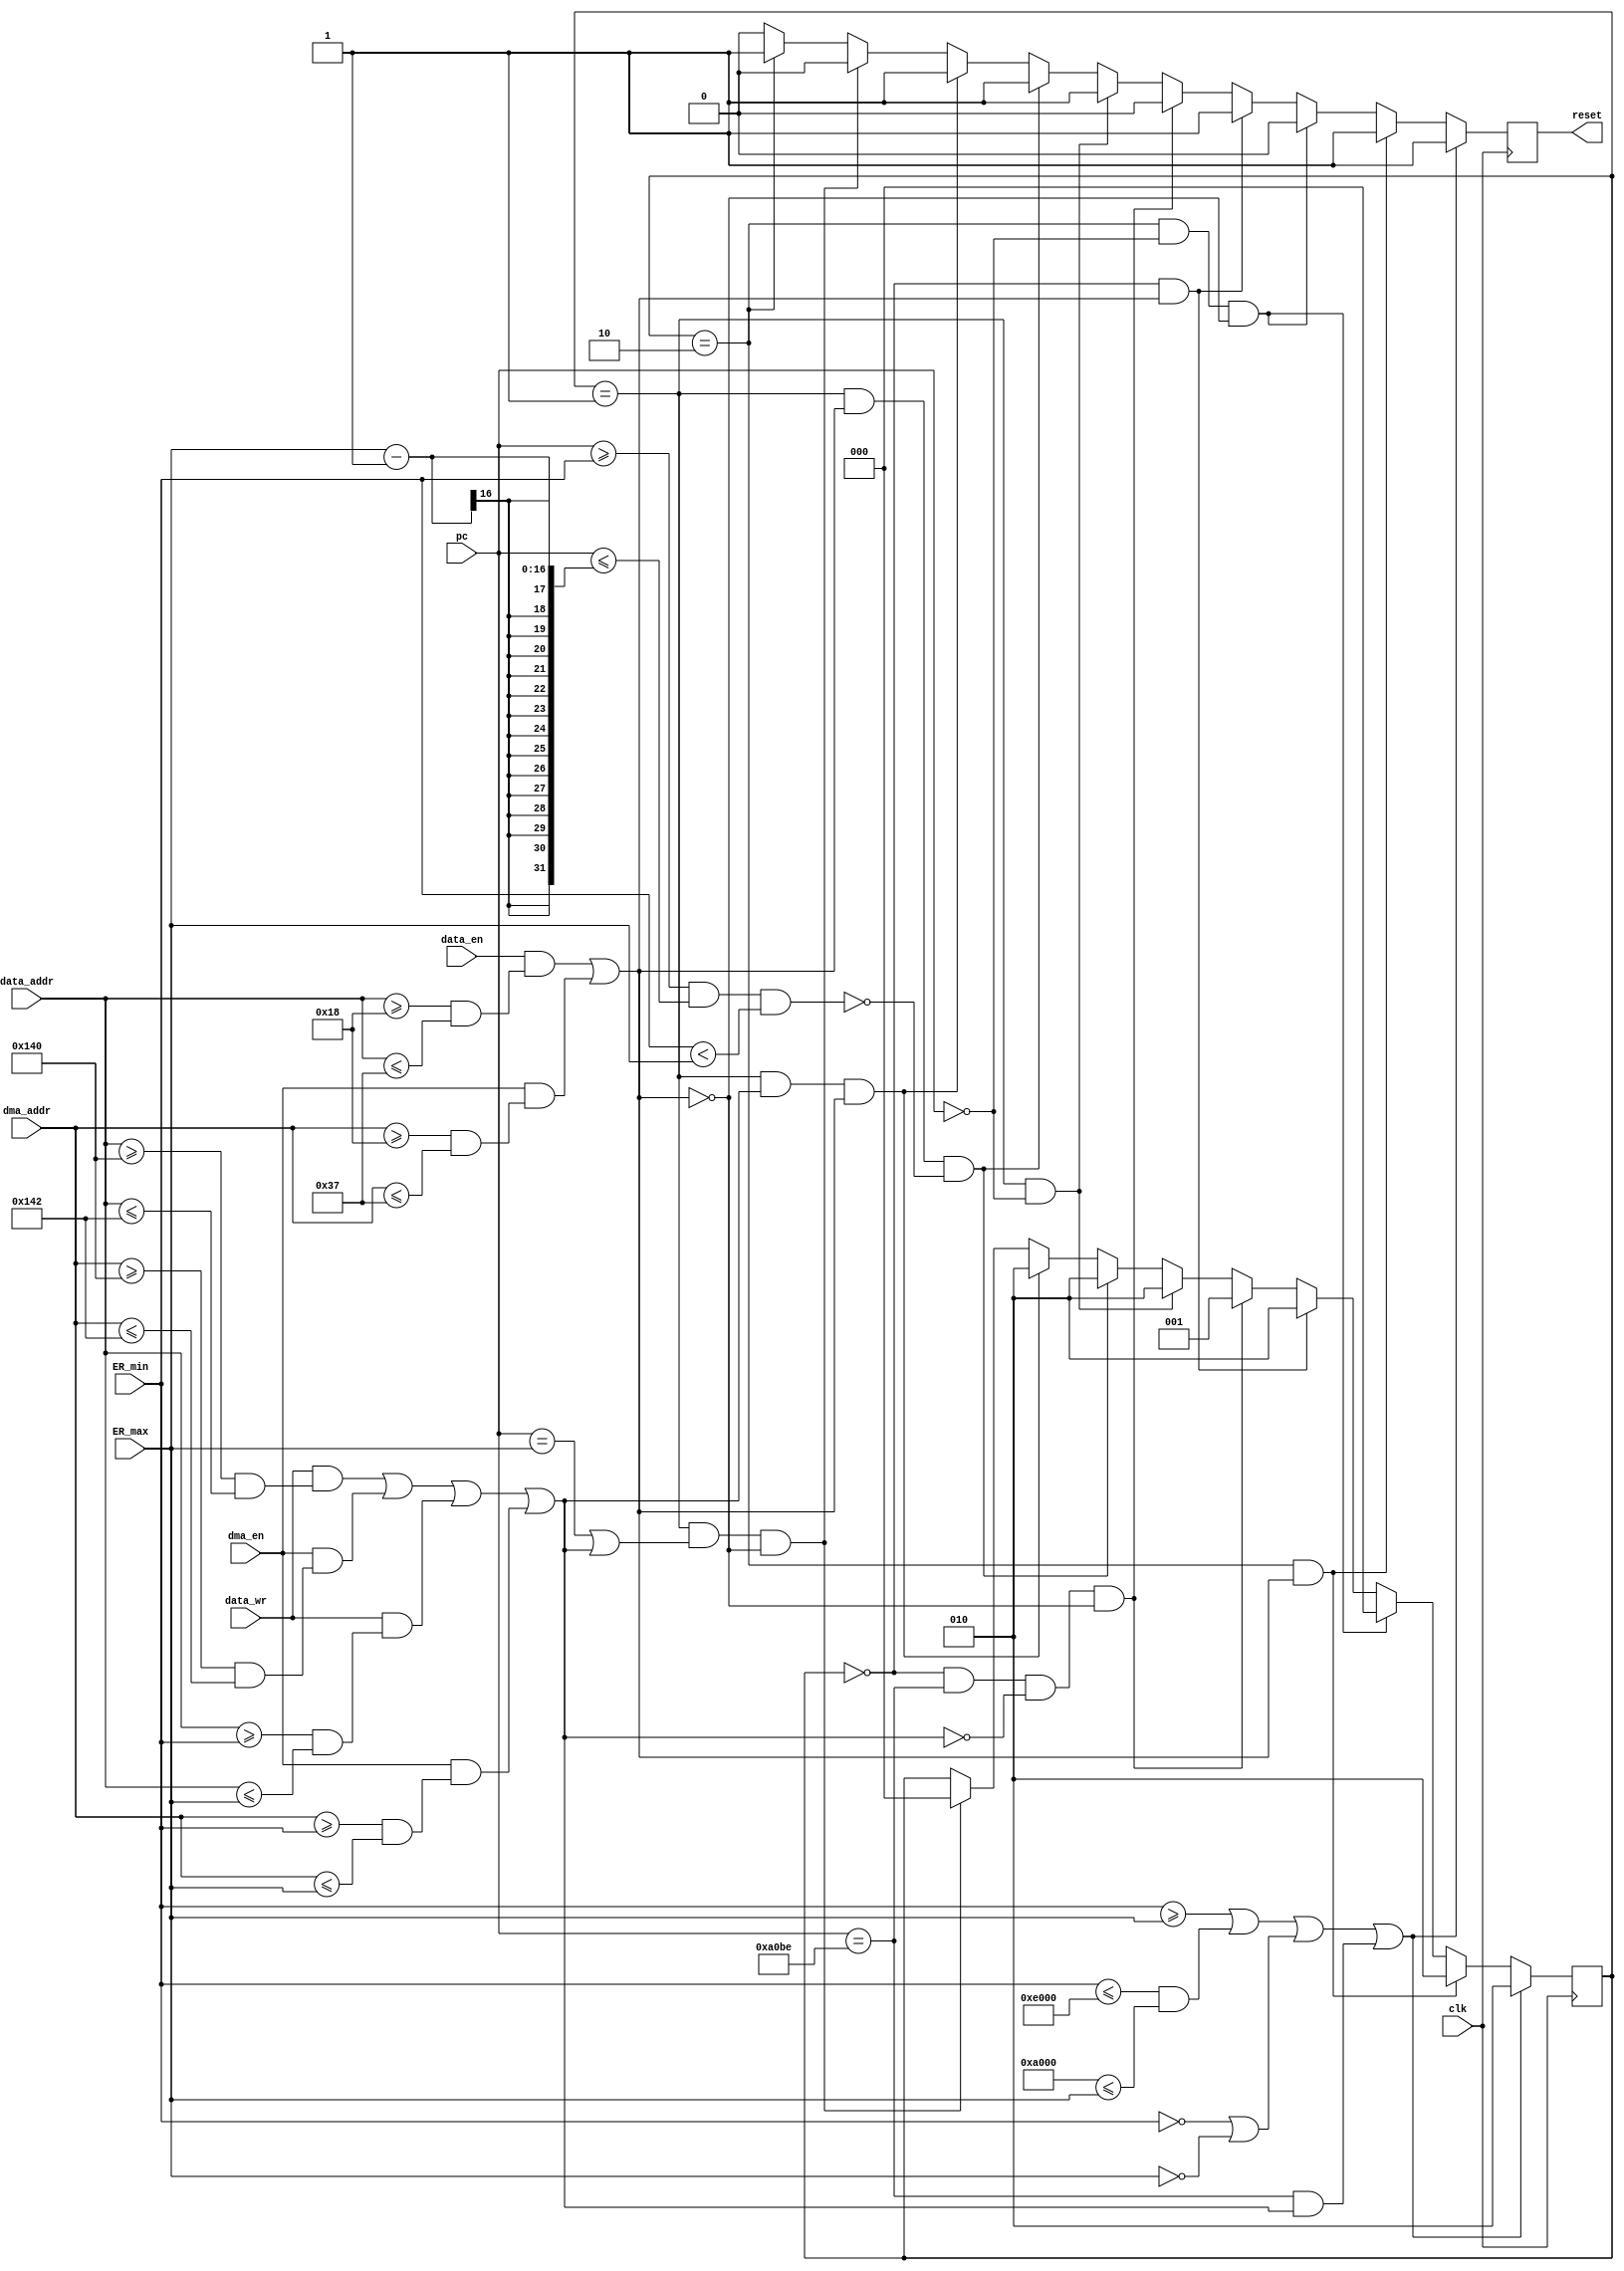

module  VERSA_rp_gpio (
    clk,
    pc,
    data_addr,
    data_en,
    data_wr,
    dma_addr,
    dma_en,
    ER_min,
    ER_max,

    reset
);

//////////// INPUTS AND OUTPUTS ////////////////////////////////

input		clk;
input   [15:0]  pc;
input   [15:0]  data_addr;
input           data_en;
input           data_wr;
input   [15:0]  dma_addr;
input           dma_en;
input   [15:0]  ER_min;
input   [15:0]  ER_max;
output          reset;


//////////// MACROS ///////////////////////////////////////////
parameter SMEM_BASE = 16'hA000;
parameter SMEM_SIZE = 16'h4000;
parameter SMEM_MAX = SMEM_BASE + SMEM_SIZE;
parameter AUTH_HANDLER = 16'hA0BE;

parameter META_MIN = 16'h0140;
parameter META_SIZE = 16'h0004;

parameter GPIO_BASE = 16'h0018;
parameter GPIO_SIZE = 16'h0020;

parameter RESET_HANDLER = 16'h0000;


//////////// STATES ///////////////////////////////////////////

parameter LOCK  = 2'b00, UNLOCK = 2'b01, RESET = 2'b10;


//////////// LOCAL VARIABLES //////////////////////////////////

reg[2:0]        state;
reg             rp_res;


initial
    begin
        state = RESET;
        rp_res = 1'b1;
    end

wire is_rd_gpio_cpu = data_en && (data_addr >= GPIO_BASE && data_addr <= GPIO_BASE + GPIO_SIZE - 1);
wire is_rd_gpio_dma = dma_en && (dma_addr >= GPIO_BASE && dma_addr <= GPIO_BASE + GPIO_SIZE - 1);
wire is_rd_gpio = is_rd_gpio_cpu || is_rd_gpio_dma;

wire is_wr_meta_cpu = data_wr && (data_addr >= META_MIN && data_addr <= META_MIN + META_SIZE - 2);
wire is_wr_meta_dma = dma_en && (dma_addr >= META_MIN && dma_addr <= META_MIN + META_SIZE - 2);
wire is_wr_er_cpu = data_wr && (data_addr >= ER_min && data_addr <= ER_max);
wire is_wr_er_dma = dma_en && (dma_addr >= ER_min && dma_addr <= ER_max);
wire is_wr_meta_er = is_wr_meta_cpu || is_wr_meta_dma || is_wr_er_cpu || is_wr_er_dma;

wire is_reset = (pc == RESET_HANDLER);
wire is_auth_pass = pc == AUTH_HANDLER;
wire is_fst_ER = pc == ER_min;
wire is_lst_ER = pc == ER_max;
wire pc_in_ER = (pc >= ER_min && pc <= ER_max - 1) && (ER_min < ER_max);

wire not_valid_ER =        (ER_min >= ER_max) 
                        || (ER_min <= SMEM_MAX && SMEM_BASE <= ER_max)
                        || (ER_min == RESET_HANDLER || ER_max == RESET_HANDLER);



//////////// DIGITAL LOGIC /////////////////////////////////////

always @(posedge clk)
if (not_valid_ER || (is_auth_pass && is_wr_meta_er))
    state <= RESET;
else if( state == RESET && is_rd_gpio) 
    state <= RESET;
else if( state == RESET && is_reset && !is_rd_gpio)
    state <= LOCK;
else if( state == LOCK && is_rd_gpio) 
    state <= RESET;
else if( state == LOCK && is_auth_pass && !is_wr_meta_er && !is_rd_gpio) 
    state <= UNLOCK;
else if( state == UNLOCK && is_reset)
    state <= RESET;
else if( state == UNLOCK && is_rd_gpio && !pc_in_ER) 
    state <= RESET;
else if( state == UNLOCK && is_wr_meta_er && is_rd_gpio) 
    state <= RESET;
else if( state == UNLOCK && (is_lst_ER || is_wr_meta_er) && !is_rd_gpio) 
    state <= LOCK;
else state <= state;

always @(posedge clk)
if (not_valid_ER || (is_auth_pass && is_wr_meta_er)) 
    rp_res <= 1'b1;
else if( state == RESET && is_rd_gpio) 
    rp_res <= 1'b1;
else if( state == RESET && is_reset && !is_rd_gpio)
    rp_res <= 1'b0;
else if( state == LOCK && is_rd_gpio) 
    rp_res <= 1'b1;
else if( state == LOCK && is_auth_pass && !is_wr_meta_er && !is_rd_gpio) 
    rp_res <= 1'b0;
else if( state == UNLOCK && is_reset)
    rp_res <= 1'b1;
else if( state == UNLOCK && is_rd_gpio && !pc_in_ER) 
    rp_res <= 1'b1;
else if( state == UNLOCK && is_wr_meta_er && is_rd_gpio) 
    rp_res <= 1'b1;
else if( state == UNLOCK && (is_lst_ER || is_wr_meta_er) && !is_rd_gpio) 
    rp_res <= 1'b0;
else if (state == RESET)
    rp_res <= 1'b1;
else if (state == LOCK)
    rp_res <= 1'b0;
else if (state == UNLOCK)
    rp_res <= 1'b0;
else rp_res <= 1'b0;


assign reset = rp_res;

endmodule